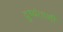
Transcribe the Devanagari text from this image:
दुष्यंताशी